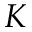
K